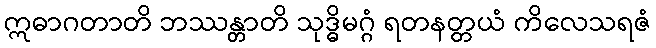
ဣဓာဂတာတိ ဘဿန္တာတိ သုဒ္ဓိမဂ္ဂံ ရတနတ္တယံ ကိလေသရဇံ